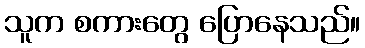
သူက စကားတွေ ပြောနေသည်။